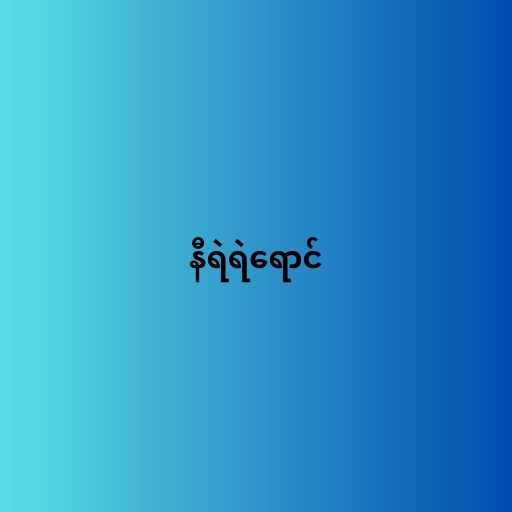
နီရဲရဲရောင်